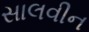
સાલવીન